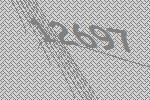
12697